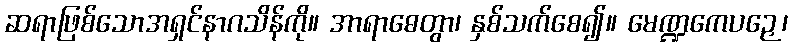
ဆရာဖြစ်သောအရှင်နာဂသိန်ကို။ အာရာဓေတွာ၊ နှစ်သက်စေ၍။ မေဏ္ဍကေပဉှေ၊